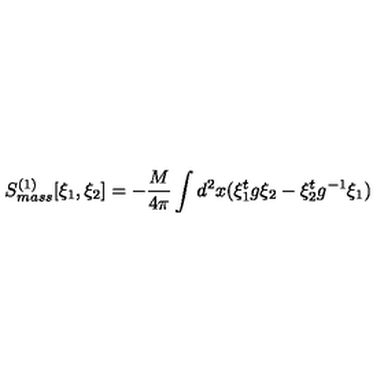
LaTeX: S _ { m a s s } ^ { ( 1 ) } [ \xi _ { 1 } , \xi _ { 2 } ] = - \frac { M } { 4 \pi } \int d ^ { 2 } x ( \xi _ { 1 } ^ { t } g \xi _ { 2 } - \xi _ { 2 } ^ { t } g ^ { - 1 } \xi _ { 1 } )